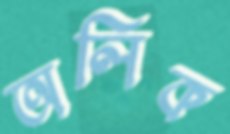
অলিক